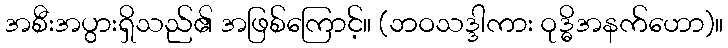
အစီးအပွားရှိသည်၏ အဖြစ်ကြောင့်။ (ဘဝသဒ္ဒါကား ဝုဒ္ဓိအနက်ဟော)။